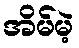
အိမ်မဲ့